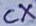
Text: CX